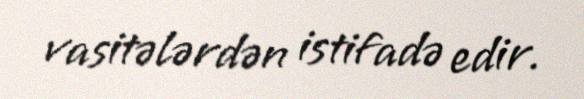
vasitələrdən istifadə edir.